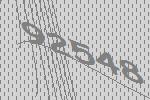
92548